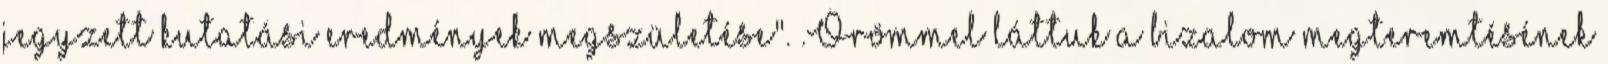
jegyzett kutatási eredmények megszületése". .Örömmel láttuk a bizalom megteremtésének